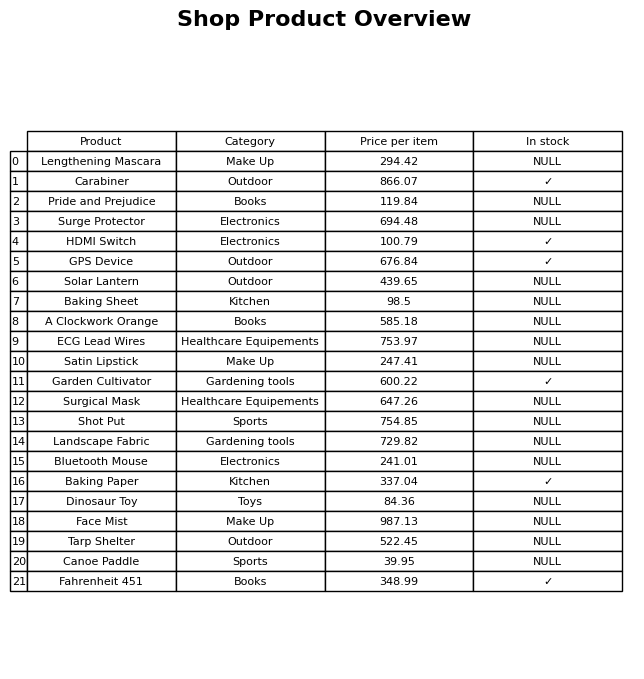
question: What is the price for Fahrenheit 451?
answer: The price of Fahrenheit 451 is 348.99.